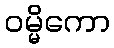
ဝမ္မိကော